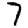
Digit: 7